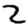
Digit: 2